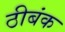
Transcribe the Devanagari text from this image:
ठीबंक